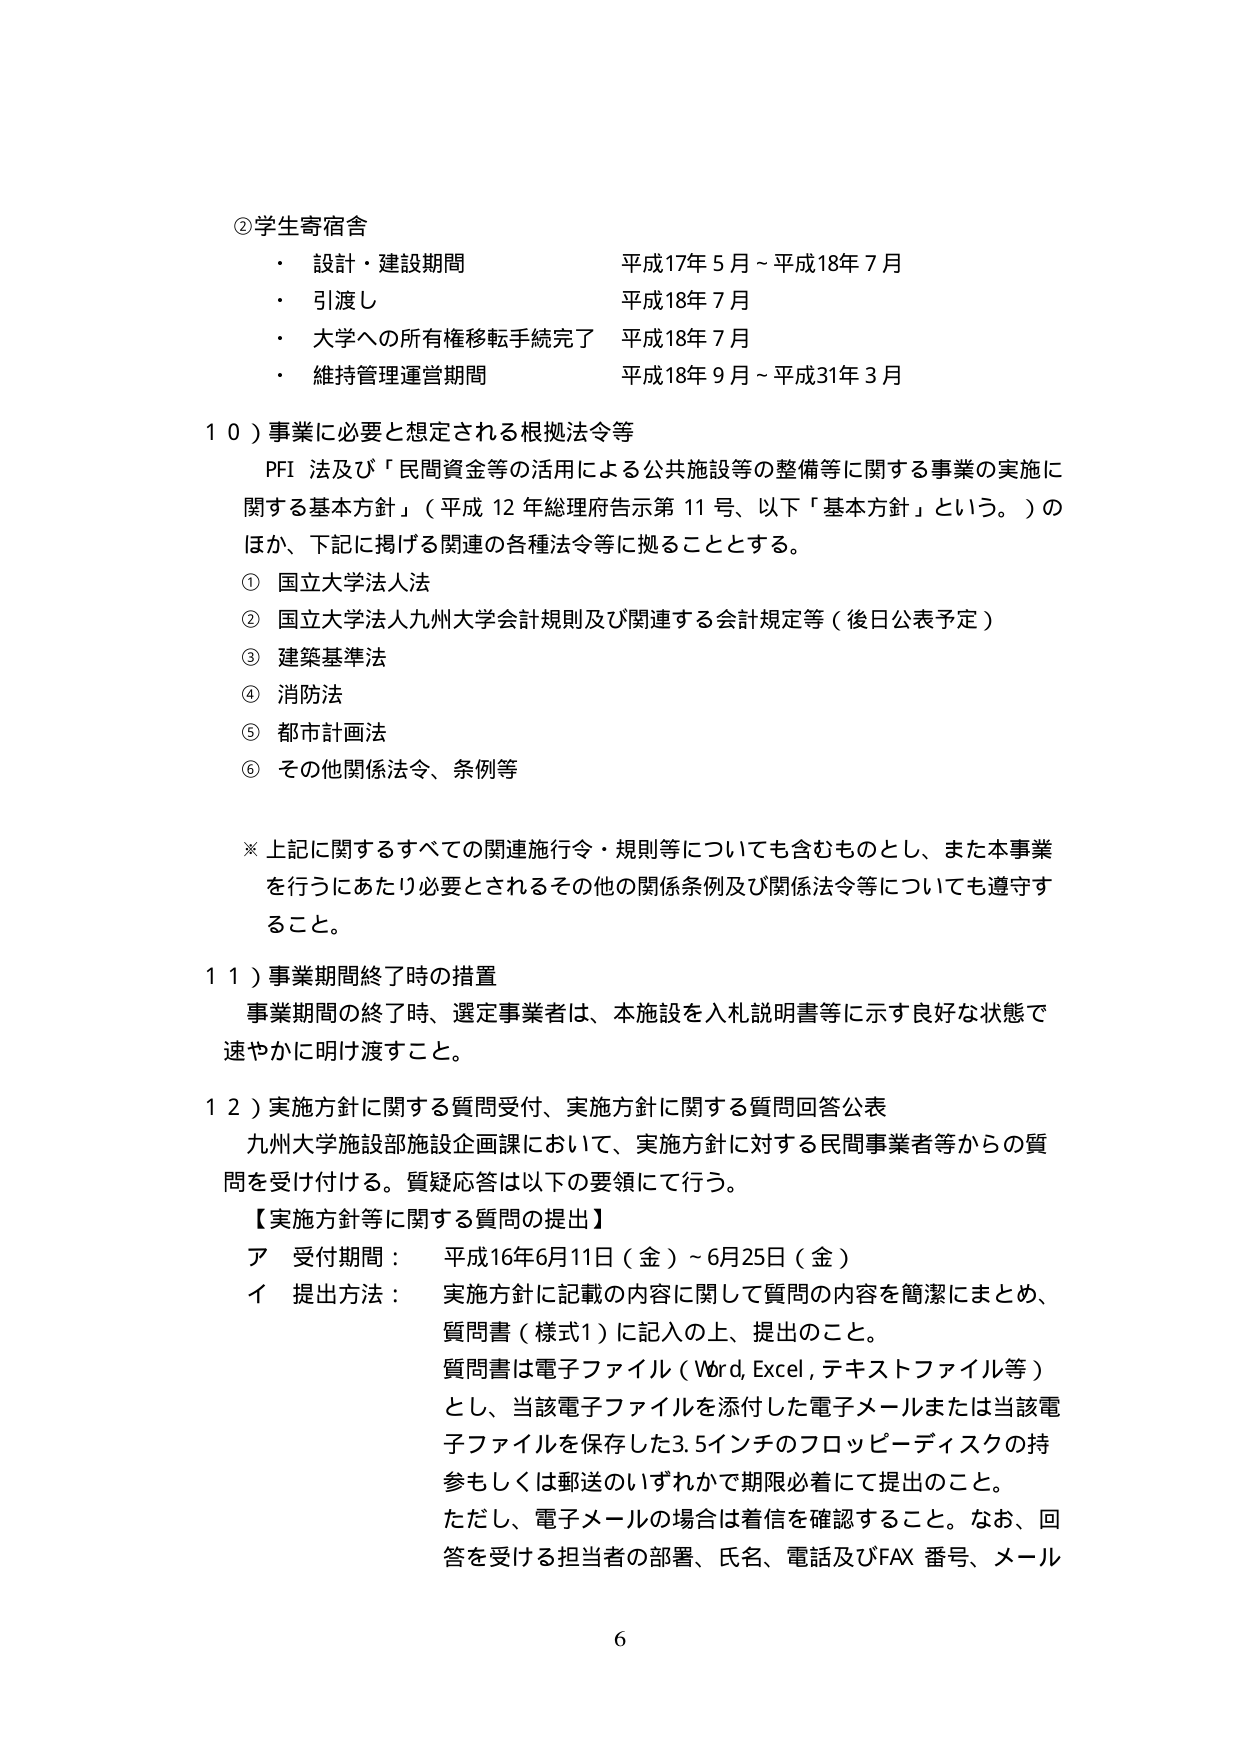
②学生寄宿舎
・設計・建設期間 平成17年5月～平成18年7月
・引渡し 平成18年7月
・大学への所有権移転手続完了 平成18年7月
・維持管理運営期間 平成18年9月～平成31年3月

10）事業に必要と想定される根拠法令等
PFI 法及び「民間資金等の活用による公共施設等の整備等に関する事業の実施に関する基本方針」（平成12年総理府告示第11号、以下「基本方針」という。）のほか、下記に掲げる関連の各種法令等に拠ることとする。
① 国立大学法人法
② 国立大学法人九州大学会計規則及び関連する会計規定等（後日公表予定）
③ 建築基準法
④ 消防法
⑤ 都市計画法
⑥ その他関係法令、条例等

※上記に関するすべての関連施行令・規則等についても含むものとし、また本事業を行うにあたり必要とされるその他の関係条例及び関係法令等についても遵守すること。

11）事業期間終了時の措置
事業期間の終了時、選定事業者は、本施設を入札説明書等に示す良好な状態で速やかに明け渡すこと。

12）実施方針に関する質問受付、実施方針に関する質問回答公表
九州大学施設部施設企画課において、実施方針に対する民間事業者等からの質問を受け付ける。質疑応答は以下の要領にて行う。
【実施方針等に関する質問の提出】
ア 受付期間： 平成16年6月11日（金）～6月25日（金）
イ 提出方法： 実施方針に記載の内容に関して質問の内容を簡潔にまとめ、質問書（様式1）に記入の上、提出のこと。
質問書は電子ファイル（Word, Excel, テキストファイル等）とし、当該電子ファイルを添付した電子メールまたは当該電子ファイルを保存した3.5インチのフロッピーディスクの持参もしくは郵送のいずれかで期限必着にて提出のこと。
ただし、電子メールの場合は着信を確認すること。なお、回答を受ける担当者の部署、氏名、電話及びFAX番号、メール

6